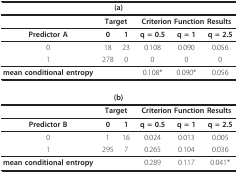
<table><thead><tr><td colspan="6"><b>(a)</b></td></tr></thead><tbody><tr><td></td><td colspan="2"><b>Target</b></td><td colspan="3"><b>Criterion Function Results</b></td></tr><tr><td><b>Predictor A</b></td><td><b>0</b></td><td><b>1</b></td><td><b>q = 0.5</b></td><td><b>q = 1</b></td><td><b>q = 2.5</b></td></tr><tr><td>0</td><td>18</td><td>23</td><td>0.108</td><td>0.090</td><td>0.056</td></tr><tr><td>1</td><td>278</td><td>0</td><td>0</td><td>0</td><td>0</td></tr><tr><td><b>mean conditional entropy </b></td><td></td><td></td><td>0.108*</td><td>0.090*</td><td>0.056</td></tr><tr><td colspan="6"><b>(b)</b></td></tr><tr><td></td><td colspan="2"><b>Target</b></td><td colspan="3"><b>Criterion Function Results</b></td></tr><tr><td><b>Predictor B</b></td><td><b>0</b></td><td><b>1</b></td><td><b>q = 0.5</b></td><td><b>q = 1</b></td><td><b>q = 2.5</b></td></tr><tr><td>0</td><td>1</td><td>16</td><td>0.024</td><td>0.013</td><td>0.005</td></tr><tr><td>1</td><td>295</td><td>7</td><td>0.265</td><td>0.104</td><td>0.036</td></tr><tr><td><b>mean conditional entropy</b></td><td></td><td></td><td>0.289</td><td>0.117</td><td>0.041*</td></tr></tbody></table>